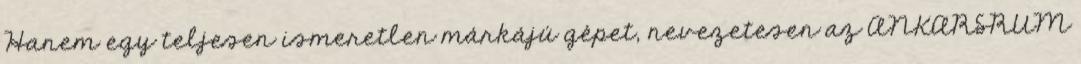
Hanem egy teljesen ismeretlen márkájú gépet, nevezetesen az ANKARSRUM